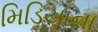
મિડિયાના